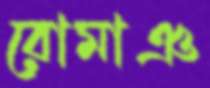
রোমাঞ